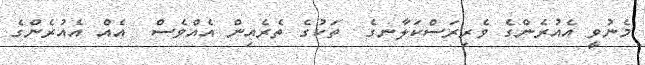
މެނުވީ އެއުރެންގެ ވެރިރަސްކަލާނގެ  ތަކުގެ ތެރެއިން އެއްވެސް  އެއް އެއުރެންގެ